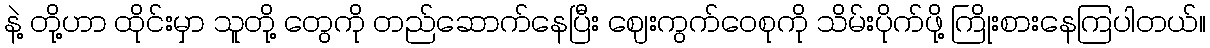
နဲ့ တို့ဟာ ထိုင်းမှာ သူတို့ တွေကို တည်ဆောက်နေပြီး ဈေးကွက်ဝေစုကို သိမ်းပိုက်ဖို့ ကြိုးစားနေကြပါတယ်။